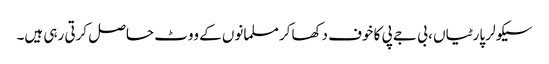
سیکولر پارٹیاں ، بی جے پی کا خوف دکھاکر مسلمانوں کے ووٹ حاصل کرتی رہی ہیں۔